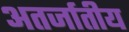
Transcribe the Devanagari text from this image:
अतर्जातीय